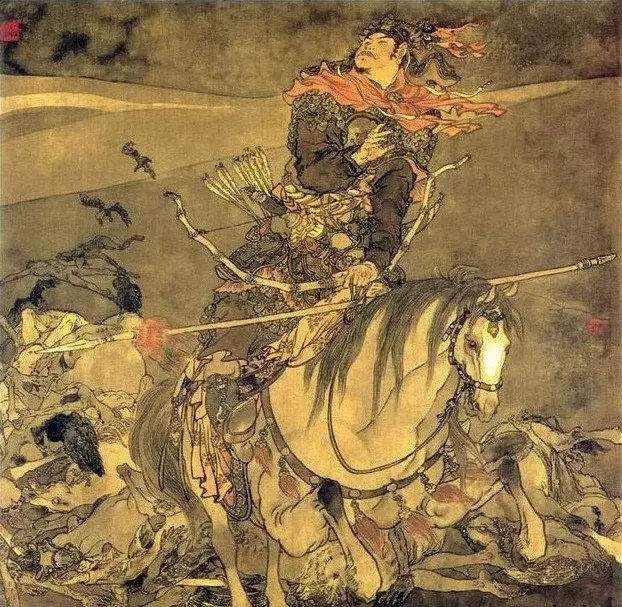
白白与红红，别是东风情味。